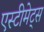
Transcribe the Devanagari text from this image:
एस्टीमेट्स